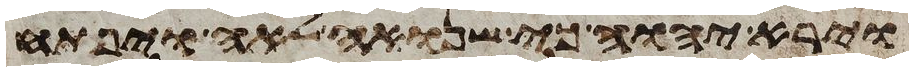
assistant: וירא יהוה כי שנואה לאה ויפתח